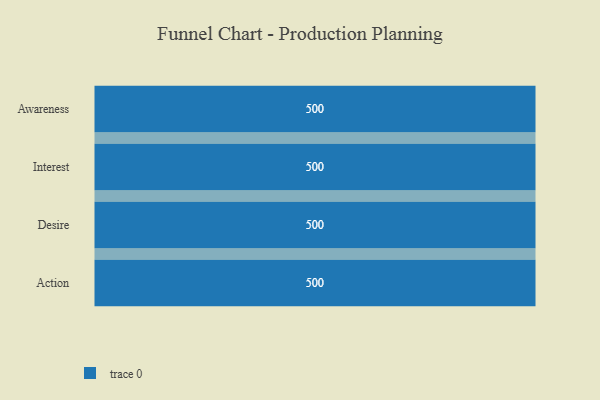
{"axis": {"x": "Stage", "y": "Value"}, "legend": [""], "data": [{"x": "Awareness", "y": 500, "type": ""}, {"x": "Interest", "y": 500, "type": ""}, {"x": "Desire", "y": 500, "type": ""}, {"x": "Action", "y": 500, "type": ""}]}